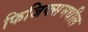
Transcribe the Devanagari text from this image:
फिजिक्समधील